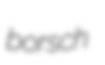
borsch